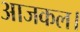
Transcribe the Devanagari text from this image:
आजकल।